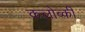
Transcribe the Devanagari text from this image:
कलोब्की